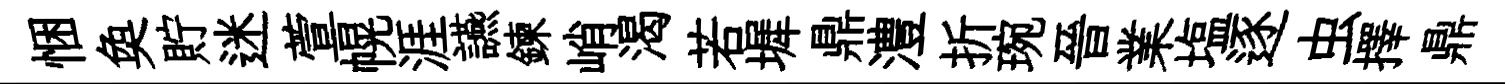
悃奐貯迷萱幌涯讌鍊峭渴若墀鼎澧折琬晉業塩逐虫擇鼎